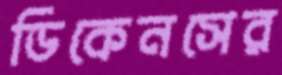
ডিকেনসের